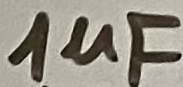
Text: 11µf